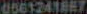
6561241867